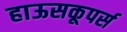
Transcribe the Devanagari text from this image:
हाऊसकूपर्स